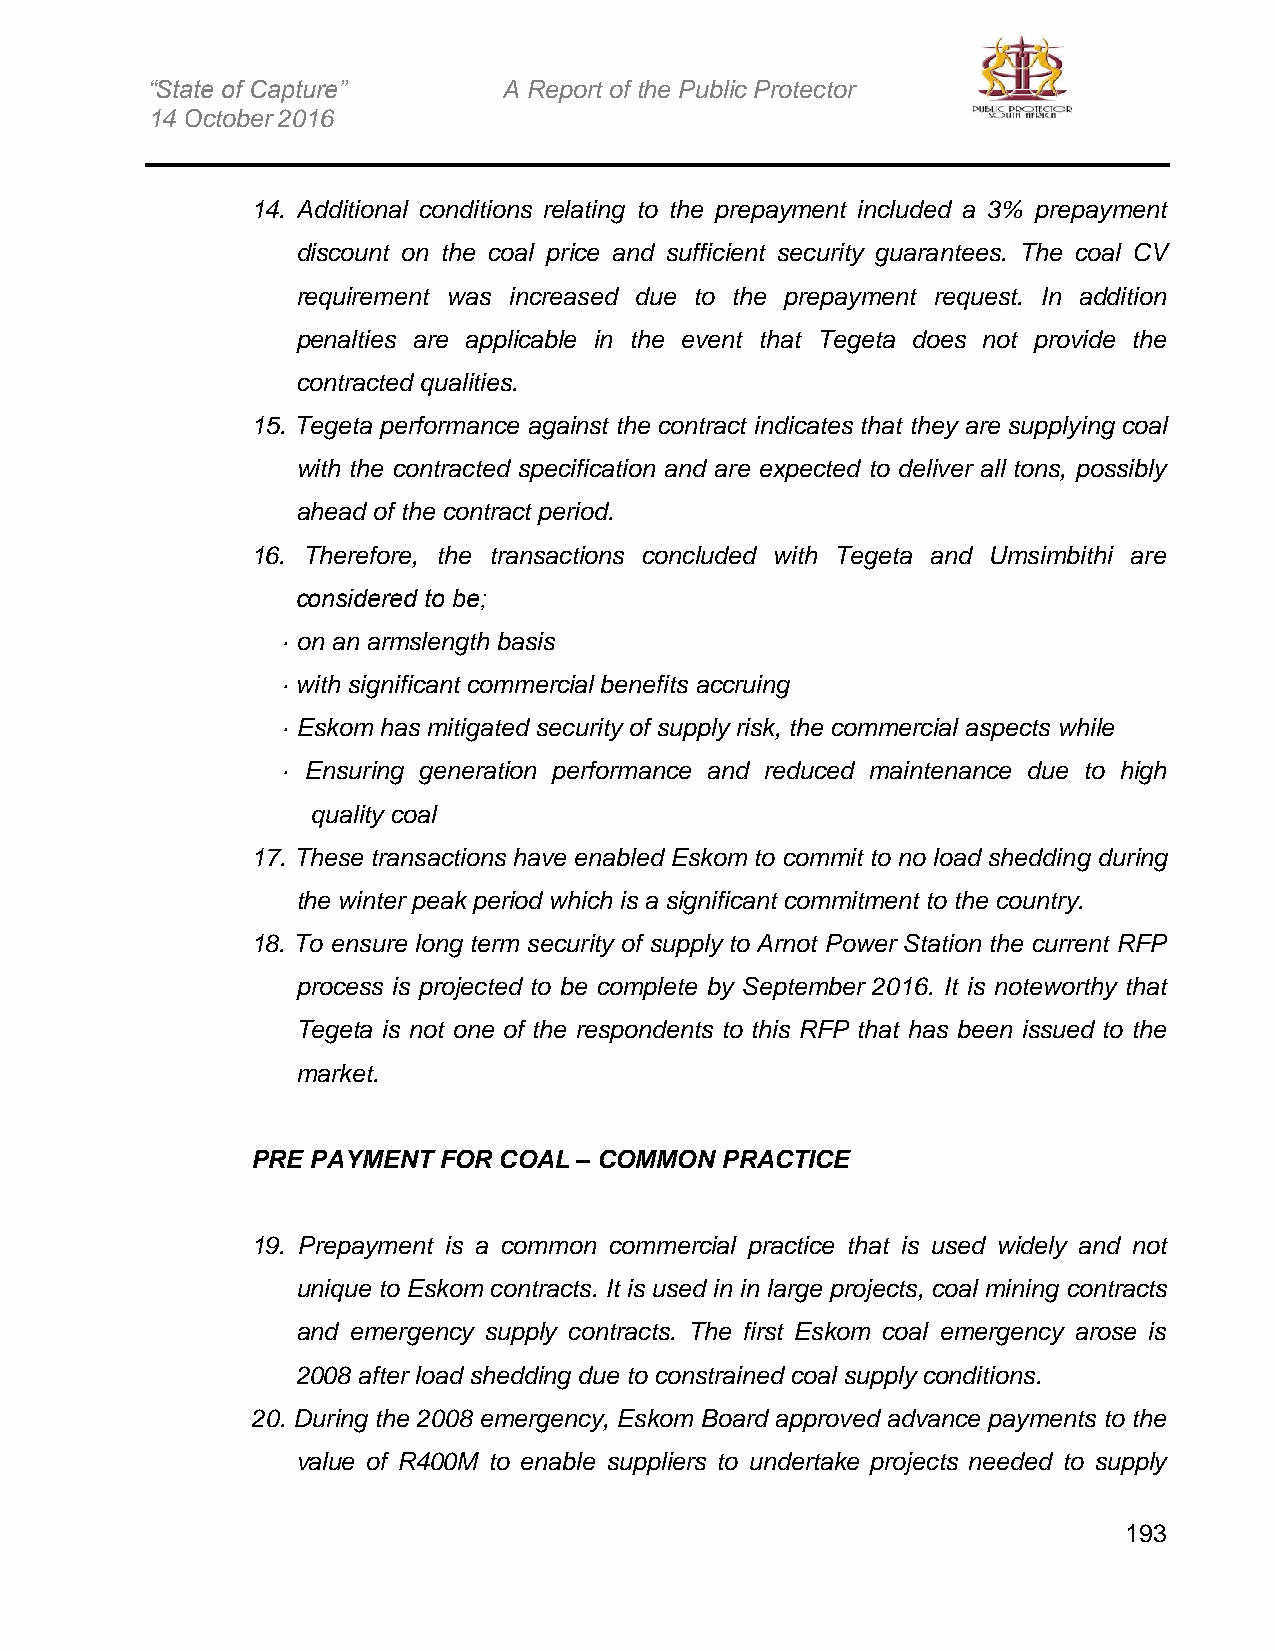
“State of Capture”     A Report of the Public Protector
 14 October 2016
 14. Additional conditions relating to the prepayment included a 3% prepayment
 discount on the coal price and sufficient security guarantees. The coal CV
 requirement was increased due to the prepayment request. In addition
 penalties are applicable in the event that Tegeta does not provide the
 contracted qualities.
 15. Tegeta performance against the contract indicates that they are supplying coal
 with the contracted specification and are expected to deliver all tons, possibly
 ahead of the contract period.
 16. Therefore, the transactions concluded with Tegeta and Umsimbithi are
 considered to be;
 · on an armslength basis
 · with significant commercial benefits accruing
 · Eskom has mitigated security of supply risk, the commercial aspects while
 · Ensuring generation performance and reduced maintenance due to high
 quality coal
 17. These transactions have enabled Eskom to commit to no load shedding during
 the winter peak period which is a significant commitment to the country.
 18. To ensure long term security of supply to Arnot Power Station the current RFP
 process is projected to be complete by September 2016. It is noteworthy that
 Tegeta is not one of the respondents to this RFP that has been issued to the
 market.
 PRE PAYMENT FOR COAL – COMMON  PRACTICE
 19. Prepayment is a common commercial practice that is used widely and not
 unique to Eskom contracts. It is used in in large projects, coal mining contracts
 and emergency supply contracts. The first Eskom coal emergency arose is
 2008 after load shedding due to constrained coal supply conditions.
 20. During the 2008 emergency, Eskom Board approved advance payments to the
 value of R400M to enable suppliers to undertake projects needed to supply
 193